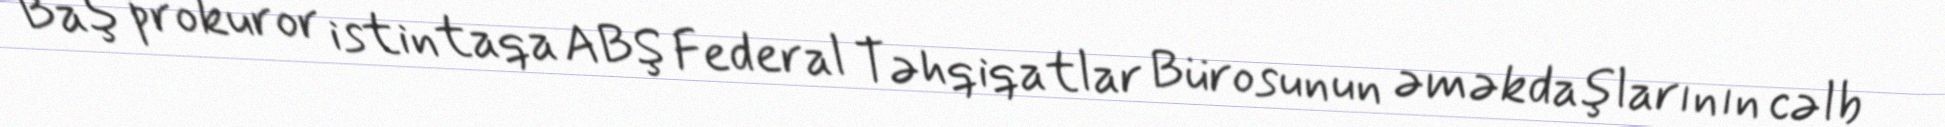
Baş prokuror istintaqa ABŞ Federal Təhqiqatlar Bürosunun əməkdaşlarının cəlb